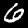
Label: 6